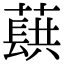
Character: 蕻